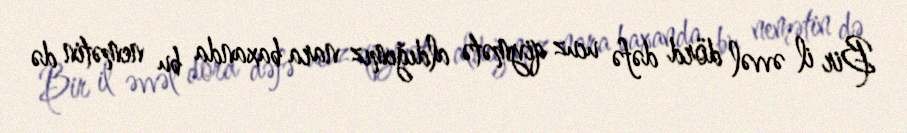
Bir il əvvəl dörd dəfə ucuz qiymətə aldığımız nara baxanda bu nemətin də